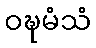
ဝဍ္ဎမံသံ